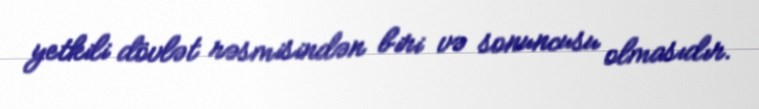
yetkili dövlət rəsmisindən biri və sonuncusu olmasıdır.